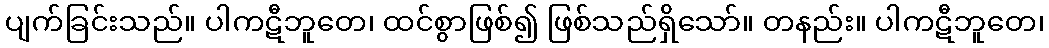
ပျက်ခြင်းသည်။ ပါကဋီဘူတေ၊ ထင်စွာဖြစ်၍ ဖြစ်သည်ရှိသော်။ တနည်း။ ပါကဋီဘူတေ၊